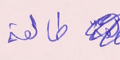
طالعة